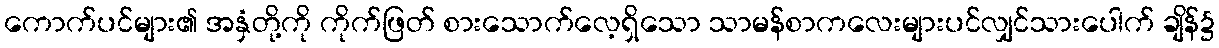
ကောက်ပင်များ၏ အနှံတို့ကို ကိုက်ဖြတ် စားသောက်လေ့ရှိသော သာမန်စာကလေးများပင်လျှင်သားပေါက် ချိန်၌